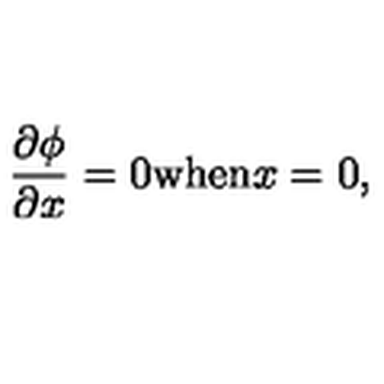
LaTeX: \frac { \partial \phi } { \partial x } = 0 \mathrm { w h e n } x = 0 ,